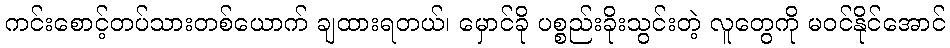
ကင်းစောင့်တပ်သားတစ်ယောက် ချထားရတယ်၊ မှောင်ခို ပစ္စည်းခိုးသွင်းတဲ့ လူတွေကို မဝင်နိုင်အောင်